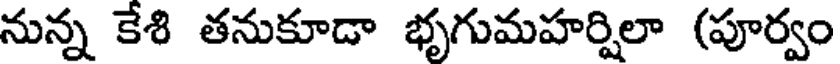
నున్న కేశి తనుకూడా భృగుమహర్షిలా (పూర్వం